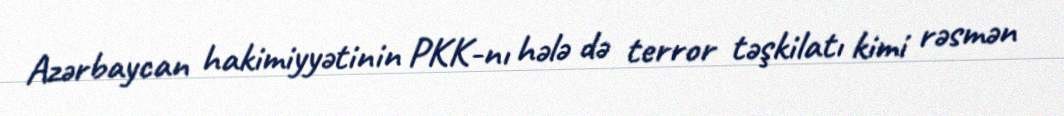
Azərbaycan hakimiyyətinin PKK-nı hələ də terror təşkilatı kimi rəsmən